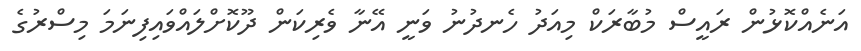
އަނެއްކޮޅުން ރައީސް މުބާރަކް މިއަދު ހެނދުނު ވަނީ އޭނާ ވެރިކަން ދޫކޮށްލައްވައިފިނަމަ މިސްރުގެ